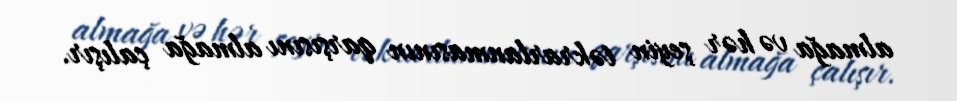
almağa və hər şeyin təkrarlanmasının qarşısını almağa çalışır.